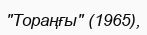
"Тораңғы" (1965),